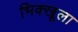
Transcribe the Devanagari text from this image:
भिक्खूला